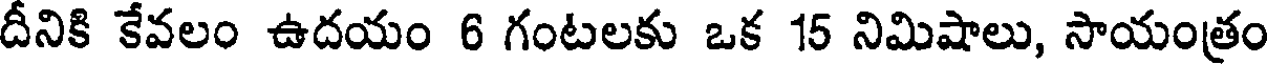
దీనికి కేవలం ఉదయం 6 గంటలకు ఒక 15 నిమిషాలు, సాయంత్రం